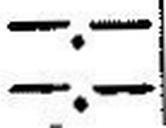
—.—